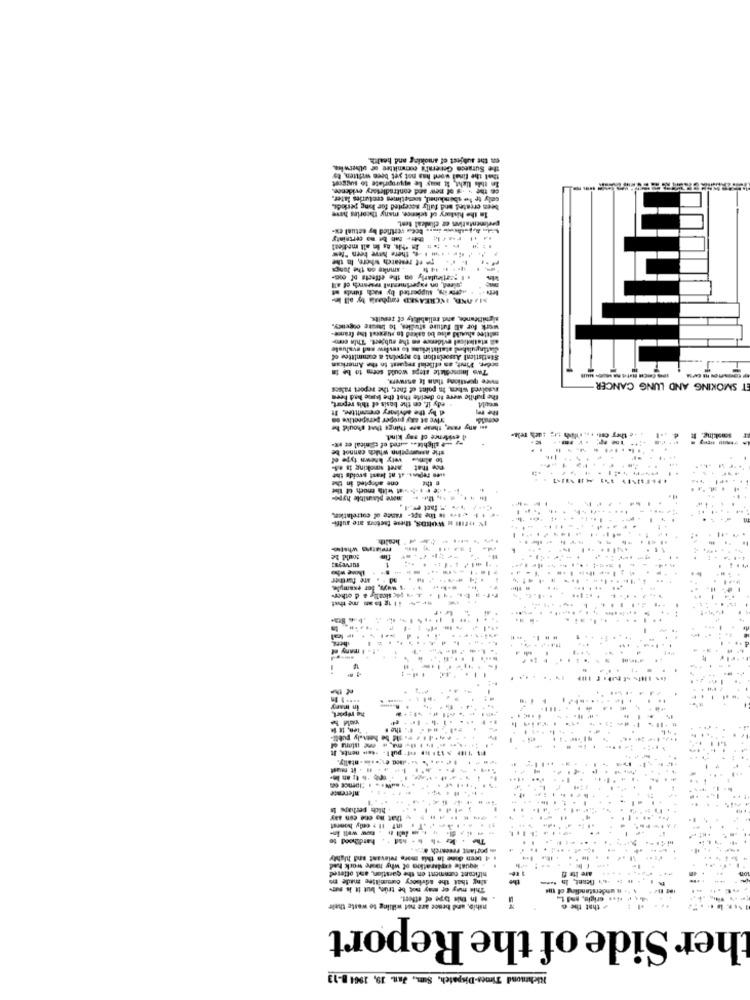
en the subject ef smoking and health.
the Suraeca General's committee of ulherwin,
that the final wont has not yet beve written, bo
ce the os of new and contradictory evidence.
In this light, it may be appropriate to wgsist
sally te lo sboruhed, sometimes ercturies later.
been created and fully accepted for long periode.
In the history of science, many theories have
pavimentaties er clindeal Bent.
il Fæl Betr Bah be no certainty
po ef research where, In the
Sie . . . . there have been "few
. smoke on the lungs
particularly on the effects of one-
guired, on experimental research of all
-wing, supported by such funds
MJ AND, INCREASED carhasjs by all in-
significance, and reliability of results.
work for all future studies, to fineste cogenkey.
all statisticel evidence en the subject. Thin como-
mitlee slunil alse bo asked to sugecel the frame-
Stinggulshed statistiekme to welw and evaluale
Statistical Association to mypoint a committee of
Tws Impecdiete steps would seem to be in
order. Fint, as official request in the American
mure torations than Ie answers,
nosolved when, In point of fhet, the report raises
ET SMOKING AND LUNG CANCER
the public were to decide that the face had been
edy if. on the basis of this report,
d by the advisory committee. It
rive at any proper perspective on
ani any rame, thear are things that should be
il evidence of any kind.
shie asnareptinn which cannot be
- slighte .. ited of clinical er -
to almes vety known type of
now that aret smoking is af-
sinn Fejet. at at least wvoids the
one adopted in the
e the
.. de .1-5vd with much of the
more plausible hypo-
*1 .tv Is the age- rasee of cotrelatkm
IN DIN K WORDS, these factors are sutti-
health
reiato whatso-
sould be
fin
surveys:
those who
are further
5 ways, for example.
1. - u pc shoally & d other-
#e + il ig taan me that
thera
many et
in mary
he report,
Ten, it is
the #
. #4 .
Il be homtaly publl-
rif- pull. . den nents, It
-. od eentally
...
... .....
Inference
hich perhaps Is
....
that no one can any
-
inf Il y only honest
hatdihood
-- --- w well in.
& portant research 0:4 .
4 been done in this more relevant and highly
+ wequate exploration of why moore work had
sing that the advisory committee made ma
nificant comment on the question, and offered
are Its fi
This may or may not be true, but it is sur-
. n understanding of the
In this type of offert.
nihip, and hence are not willing to waste their
that the @
her Side of the Report
Richmond Times-Dispatch, Sum, Jan. 19, 1964 8-13